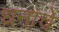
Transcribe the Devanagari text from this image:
धनाचें